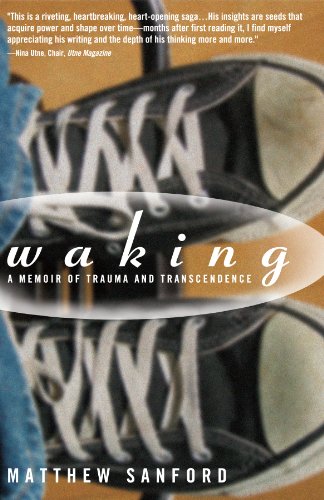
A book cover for Waking: A Memoir of Trauma and Transcendence; Matthew Sanford; Biographies & Memoirs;